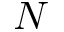
N